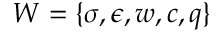
W = \{ \sigma , \epsilon , w , c , q \}